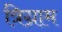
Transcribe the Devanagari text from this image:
त्रिग्राम